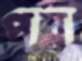
পর